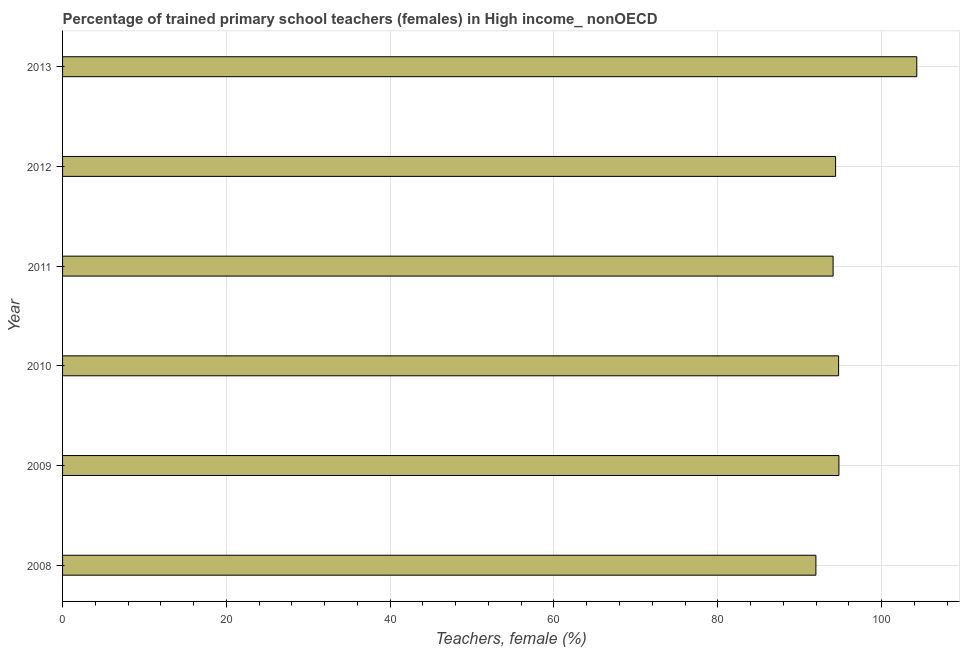
| Year | Trained teachers female |
 | --- | --- |
 | 2008 | 92 |
 | 2009 | 94.8 |
 | 2010 | 94.8 |
 | 2011 | 94.1 |
 | 2012 | 94.4 |
 | 2013 | 104 |